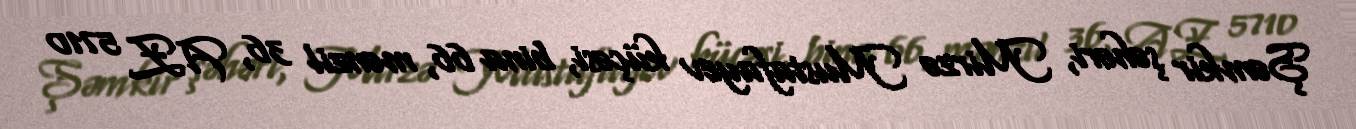
Şəmkir şəhəri, Mirzə Mustafayev küçəsi, bina 66, mənzil 36, AZ 5710